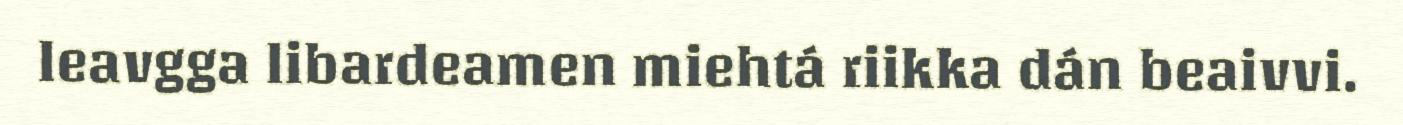
leavgga libardeamen miehtá riikka dán beaivvi.